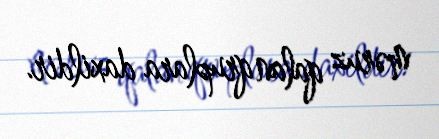
məruz qalan qruplara daxildir.